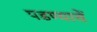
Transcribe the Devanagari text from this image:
पडण्याचें